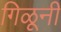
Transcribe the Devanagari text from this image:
गिळूनी